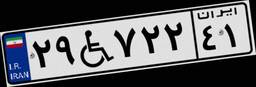
۲۹W۷۲۲۴۱